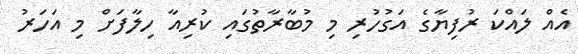
އެއް ލައްކަ ރުފިޔާގެ އަގުހުރި މި މުބާރާތުގައި ކުރިއާ ހިލާފަށް މި އަހަރު